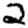
Digit: 2